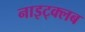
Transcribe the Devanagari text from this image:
नाइट्क्लब